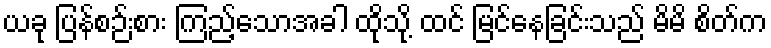
ယခု ပြန်စဉ်းစား ကြည့်သောအခါ ထိုသို့ ထင် မြင်နေခြင်းသည် မိမိ စိတ်က